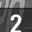
Digit: 2